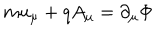
LaTeX: m u _ { \mu } + q A _ { \mu } = \partial _ { \mu } \Phi